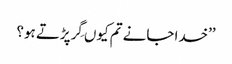
’’خدا جانے تم کیوں گِرپڑتے ہو؟